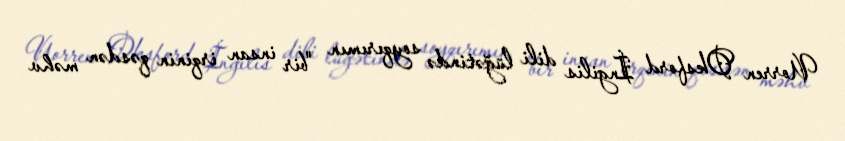
Uorren Oksford İngilis dili lüğətində soyqırımın "bir insan irqinin qəsdən məhv